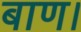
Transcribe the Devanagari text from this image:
बाण।